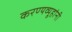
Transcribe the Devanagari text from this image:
करण्यव्यूहांनी